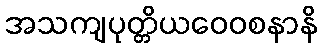
အသကျပုတ္တိယဝေဝစနာနိ